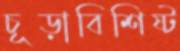
চূড়াবিশিষ্ট